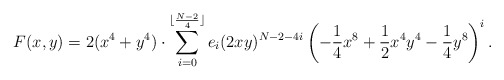
\begin{align*}F(x,y)=2(x^4+y^4)\cdot\sum_{i=0}^{\lfloor \frac {N-2}{4}\rfloor} e_i(2xy)^{N-2-4i}\left(-\frac 1 4 x^8+\frac 1 2 x^4y^4-\frac 1 4y^8\right)^i.\end{align*}